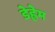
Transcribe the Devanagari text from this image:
डेह्लेम